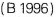
(B1996)